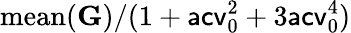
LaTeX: \mathrm{mean}(\mathbf G)/(1+\mathsf{acv}_{0}^{2}+3\mathsf{acv}_{0}^{4})